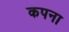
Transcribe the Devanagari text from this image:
कपना